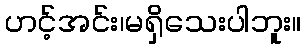
ဟင့်အင်း၊မရှိသေးပါဘူး။